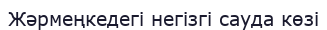
Жәрмеңкедегі негізгі сауда көзі